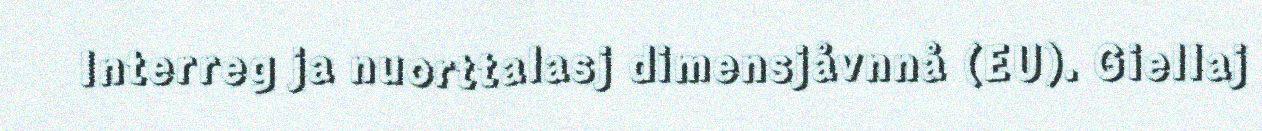
Interreg ja nuorttalasj dimensjåvnnå (EU). Giellaj